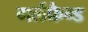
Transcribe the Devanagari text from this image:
गर्लफ्रैन्ड